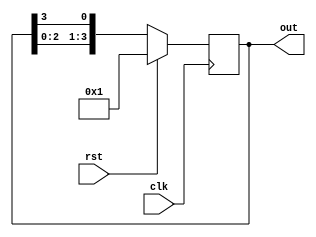
`timescale 1ns / 1ps

module four_bit_ring_counter(
    input clk, rst,
    output reg [3:0] out);

initial out = 4'b0001;

always@(posedge clk)
begin
    if (rst) out =4'b0001;
    else out = {out[2:0],out[3]};

end 
endmodule